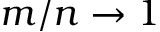
m / n \rightarrow 1